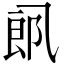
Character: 𱎋